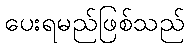
ပေးရမည်ဖြစ်သည်